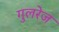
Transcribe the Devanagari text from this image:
गुलरेज